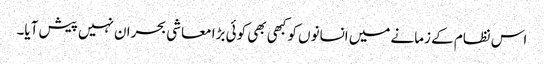
اس نظام کے زمانے میں انسانوں کو کبھی بھی کوئی بڑا معاشی بحران نہیں پیش آیا۔